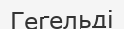
Гегельді